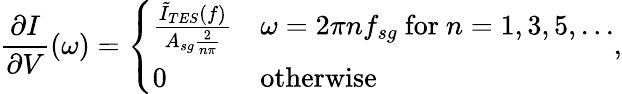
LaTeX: \frac{\partial I}{\partial V}(\omega)=\left\{ \begin{array}{ll}{\frac{\tilde{I}_{TES}(f)}{A_{sg}\frac{2}{n\pi}}}&{\omega=2\pi nf_{sg}\ \mathrm{for}\ n=1,3,5,...}\\ {0}&{\mathrm{otherwise}}\end{array}\right.,